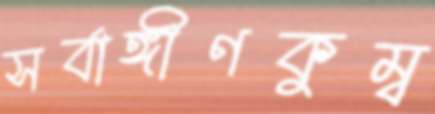
সর্বাঙ্গীণকুম্ব